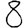
Digit: 8